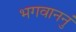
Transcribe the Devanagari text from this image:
भगवाननुं